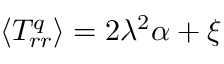
\langle { T _ { r r } ^ { q } } \rangle = 2 \lambda ^ { 2 } \alpha + \xi